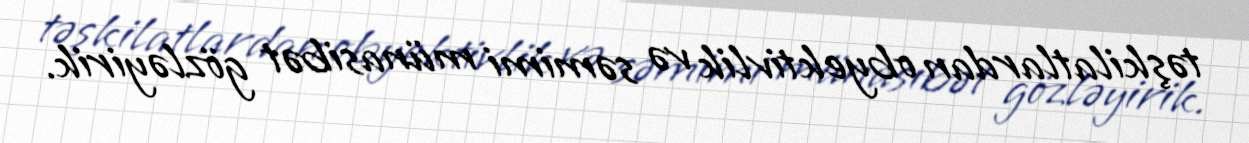
təşkilatlardan obyektivlik və səmimi münasibət gözləyirik.